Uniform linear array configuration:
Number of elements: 12
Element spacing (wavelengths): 0.75
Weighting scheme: binomial
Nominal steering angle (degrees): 15
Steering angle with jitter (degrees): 16.935
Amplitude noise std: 0.05
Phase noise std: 0.05

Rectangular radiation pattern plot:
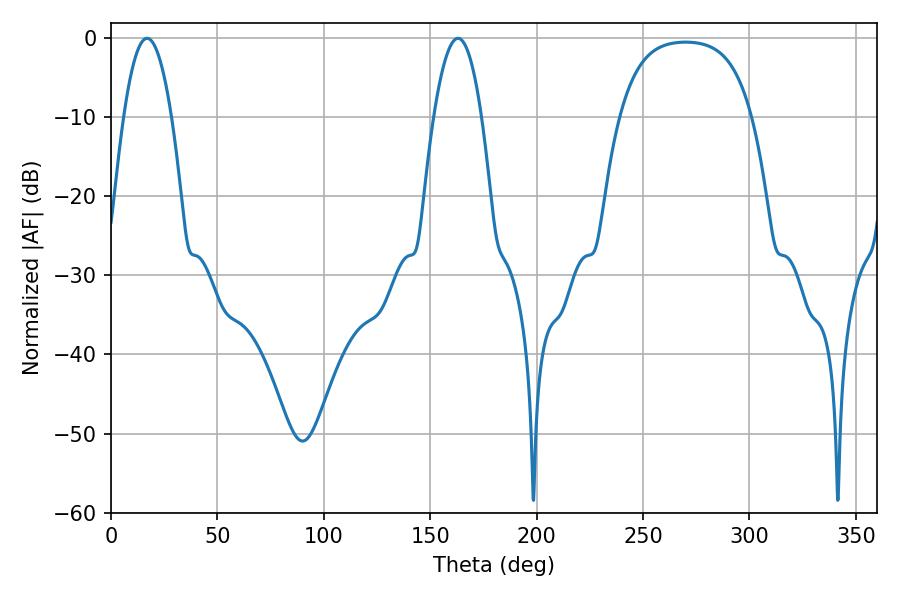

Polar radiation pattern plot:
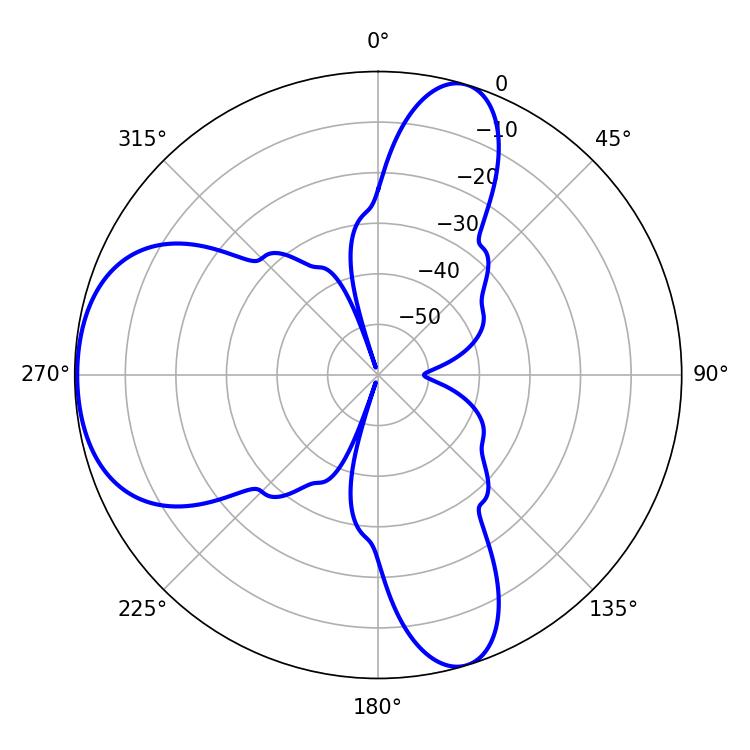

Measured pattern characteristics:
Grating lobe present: TRUE
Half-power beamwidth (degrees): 12.42
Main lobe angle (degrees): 16.92